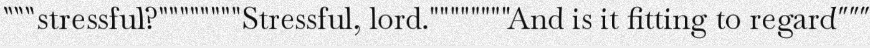
"""stressful?""""""""Stressful, lord.""""""""And is it fitting to regard"""